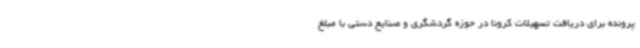
پرونده برای دریافت تسهیلات کرونا در حوزه گردشگری و صنایع دستی با مبلغ